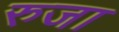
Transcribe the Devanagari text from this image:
रुजा